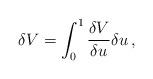
LaTeX: \begin{align*}\delta V=\int_0^1\frac{\delta V}{\delta u}\delta u\,,\end{align*}